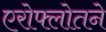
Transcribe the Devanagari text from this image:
एरोफ्लोतने